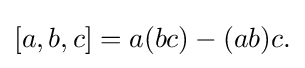
\displaystyle {[a,b,c]=a(bc)-(ab)c.}